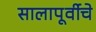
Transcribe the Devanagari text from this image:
सालापूर्वीचे